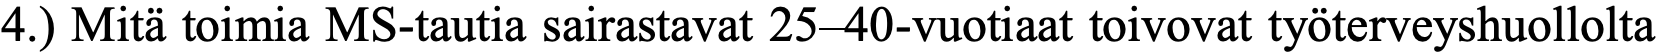
4.) Mitä toimia MS-tautia sairastavat 25–40-vuotiaat toivovat työterveyshuollolta